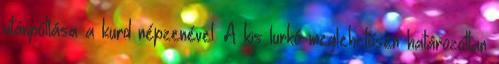
utánpótlása a kurd népzenével. A kis lurkó meglehetősen határozottan